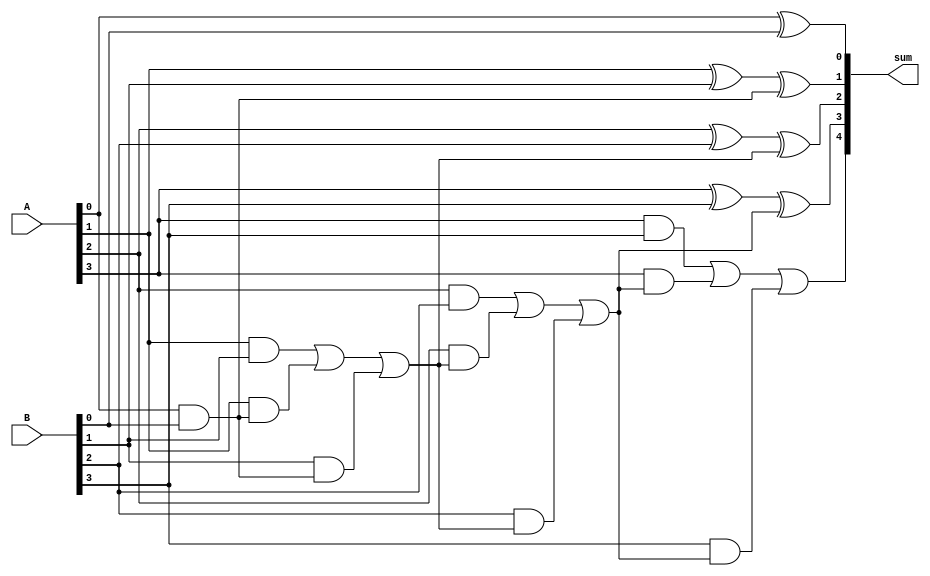
module carry_lookahead_adder (
    input [3:0] A,
    input [3:0] B,
    output [4:0] sum
);

wire [4:0] c; // carry bits

assign c[0] = 1'b0; // initial carry-in

assign c[1] = A[0] & B[0];
assign c[2] = (A[1] & B[1]) | (A[1] & c[1]) | (B[1] & c[1]);
assign c[3] = (A[2] & B[2]) | (A[2] & c[2]) | (B[2] & c[2]);
assign c[4] = (A[3] & B[3]) | (A[3] & c[3]) | (B[3] & c[3]);

assign sum[0] = A[0] ^ B[0] ^ c[0];
assign sum[1] = A[1] ^ B[1] ^ c[1];
assign sum[2] = A[2] ^ B[2] ^ c[2];
assign sum[3] = A[3] ^ B[3] ^ c[3];
assign sum[4] = c[4];

endmodule